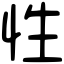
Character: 性